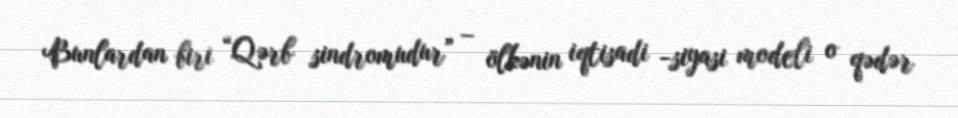
Bunlardan biri “Qərb sindromudur” – ölkənin iqtisadi -siyasi modeli o qədər